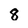
Character: 8